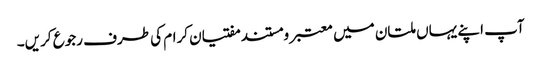
آپ اپنے یہاں ملتان میں معتبر و مستند مفتیان کرام کی طرف رجوع کریں۔